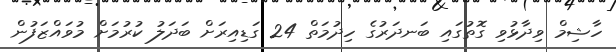
ހާޝިމް ވިދާޅުވި ގޮތުގައި ބަނދަރުގެ ހިދުމަތް 24 ގަޑިއިރަށް ބަދަލު ކުރުމަށް މުވައްޒަފުން